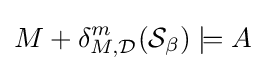
M+\delta _{M,{\mathcal {D}}}^{m}({\mathcal {S}}_{\beta })\models A